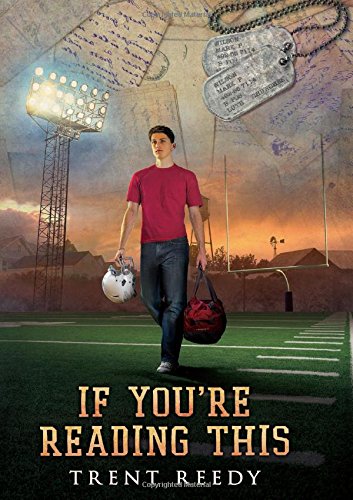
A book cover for If You're Reading This; Trent Reedy; Teen & Young Adult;